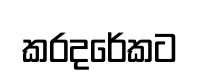
කරදරේකට